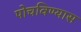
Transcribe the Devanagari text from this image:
पोचविण्यास